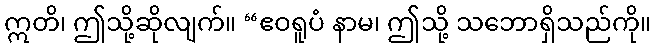
ဣတိ၊ ဤသို့ဆိုလျက်။ “ဧဝရူပံ နာမ၊ ဤသို့ သဘောရှိသည်ကို။